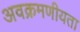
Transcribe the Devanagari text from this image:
अवक्रमणीयता